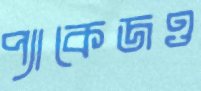
প্যাকেজও